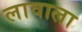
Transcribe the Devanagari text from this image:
लावाला